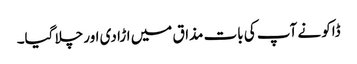
ڈاکو نے آپ کی بات مذاق میں اڑا دی اور چلا گیا۔